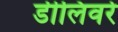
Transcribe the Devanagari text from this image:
डीलिवर्र